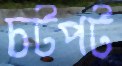
চটপট